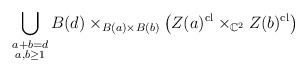
LaTeX: \begin{align*} \bigcup_{\substack{a+b=d\\a, b\geq 1}} B(d)\times_{B(a)\times B(b)}\left(Z(a)^{\mathrm{cl}}\times_{\mathbb{C}^2} Z(b)^{\mathrm{cl}}\right)\end{align*}